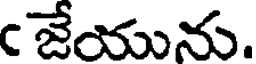
ఁ జేయును.